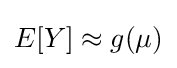
E[Y]\approx g(\mu )